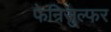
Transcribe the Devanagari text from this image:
फेन्रिसुल्फर